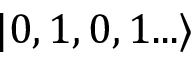
| 0 , 1 , 0 , 1 . . . \rangle